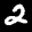
Label: 2